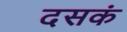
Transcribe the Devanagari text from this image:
दसकं